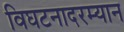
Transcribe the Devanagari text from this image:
विघटनादरम्यान